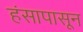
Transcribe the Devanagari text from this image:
हंसापासून